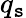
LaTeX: q_{\mathtt{s}}